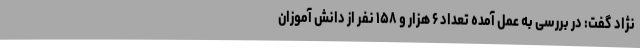
نژاد گفت: در بررسی به عمل آمده تعداد ۶ هزار و ۱۵۸ نفر از دانش آموزان